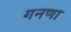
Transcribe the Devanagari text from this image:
गनणा